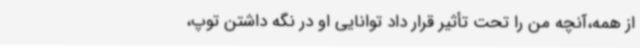
از همه،آنچه من را تحت تأثیر قرار داد توانایی او در نگه داشتن توپ،